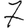
Digit: 7